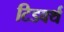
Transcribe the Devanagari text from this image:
टिडवर्थ